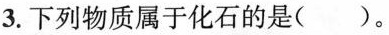
3.下列物质属于化石的是()。A.贝壳 B.琥珀